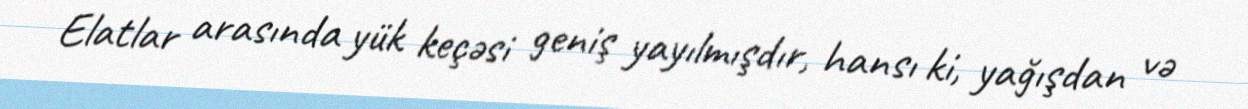
Elatlar arasında yük keçəsi geniş yayılmışdır, hansı ki, yağışdan və